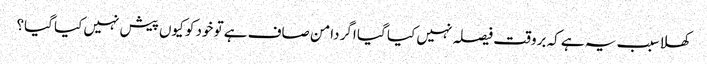
کھلا سبب یہ ہے کہ بروقت فیصلہ نہیں کیا گیا اگر دامن صاف ہے تو خود کو کیوں پیش نہیں کیا گیا؟